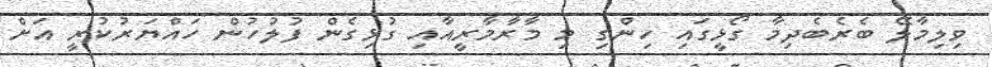
ވިލިމާލޭ ބެރެބެދިމާ ގޯޅީގައި ހިންގި މި މާރާމާރީއާއި ގުޅިގެން ފުލުހުން ހައްޔަރުކުރީ އަށް